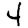
Digit: 4